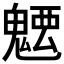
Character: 𩳭